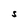
Character: s